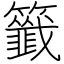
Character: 籤